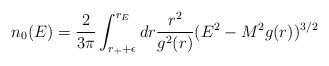
LaTeX: \begin{align*}n_0(E)={2\over 3\pi}\int^{r_E}_{r_++\epsilon}dr {r^2\over g^2(r)}(E^2-M^2g(r))^{3/2}\end{align*}